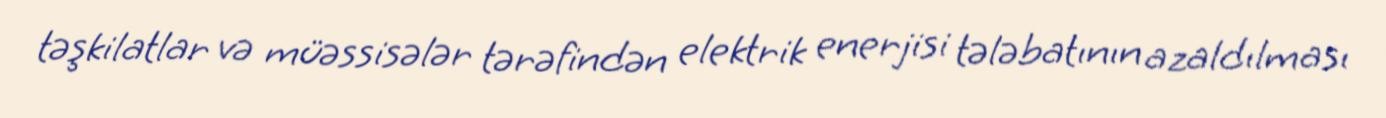
təşkilatlar və müəssisələr tərəfindən elektrik enerjisi tələbatının azaldılması